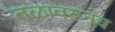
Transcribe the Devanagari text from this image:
तळावरूनच